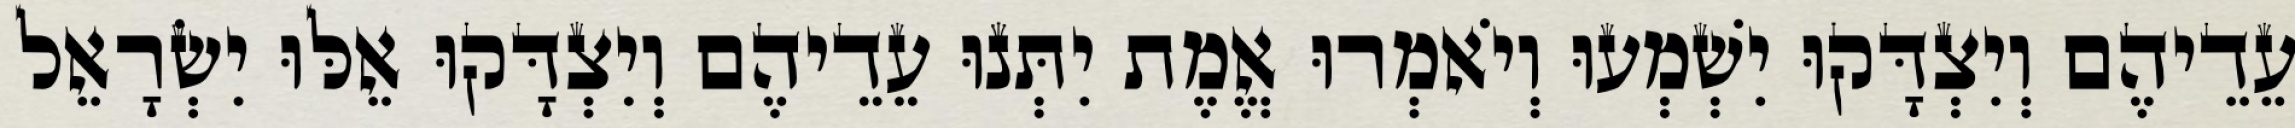
עֵדֵיהֶם וְיִצְדָּקוּ יִשְׁמְעוּ וְיֹאמְרוּ אֱמֶת יִתְּנוּ עֵדֵיהֶם וְיִצְדָּקוּ אֵלּוּ יִשְׂרָאֵל